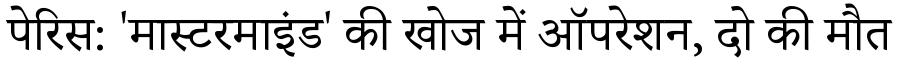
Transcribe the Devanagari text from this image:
पेरिस: 'मास्टरमाइंड' की खोज में ऑपरेशन, दो की मौत